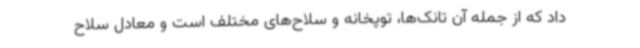
داد که از جمله آن تانک‌ها، توپخانه و سلاح‌های مختلف است و معادل سلاح